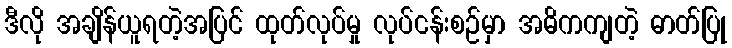
ဒီလို အချိန်ယူရတဲ့အပြင် ထုတ်လုပ်မှု လုပ်ငန်းစဉ်မှာ အဓိကကျတဲ့ ဓာတ်ပြု